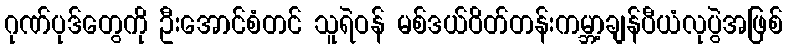
ဂုဏ်ပုဒ်တွေကို ဦးအောင်စံတင် သူရဲဝန် မစ်ဒယ်ဝိတ်တန်းကမ္ဘာ့ချန်ပီယံလုပွဲအဖြစ်